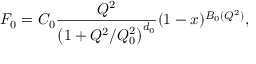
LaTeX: F _ { 0 } = C _ { 0 } \frac { Q ^ { 2 } } { \left( 1 + Q ^ { 2 } / Q _ { 0 } ^ { 2 } \right) ^ { d _ { 0 } } } ( 1 - x ) ^ { B _ { 0 } ( Q ^ { 2 } ) } ,